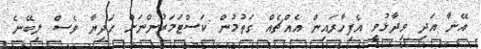
އޭނާ އަދި ވިދާޅުވީ އެފިހާރައިން އެއްޗެއް ގަތުމުން ކަސްޓަމަރުންނަށް ހަދިޔާ ވެސް ލިބޭނެ